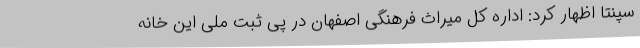
سپنتا اظهار کرد: اداره کل میراث فرهنگی اصفهان در پی ثبت ملی این خانه